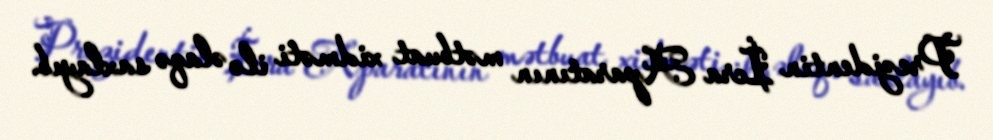
Prezidentin İcra Aparatının mətbuat xidməti ilə əlaqə saxlayıb.